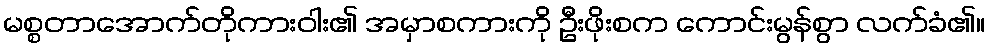
မစ္စတာအောက်တိုကားဝါး၏ အမှာစကားကို ဦးဖိုးစက ကောင်းမွန်စွာ လက်ခံ၏။